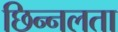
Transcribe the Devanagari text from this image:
छिन्नलता